Calcutta medical institutions reports 1871-78
Year: 1871
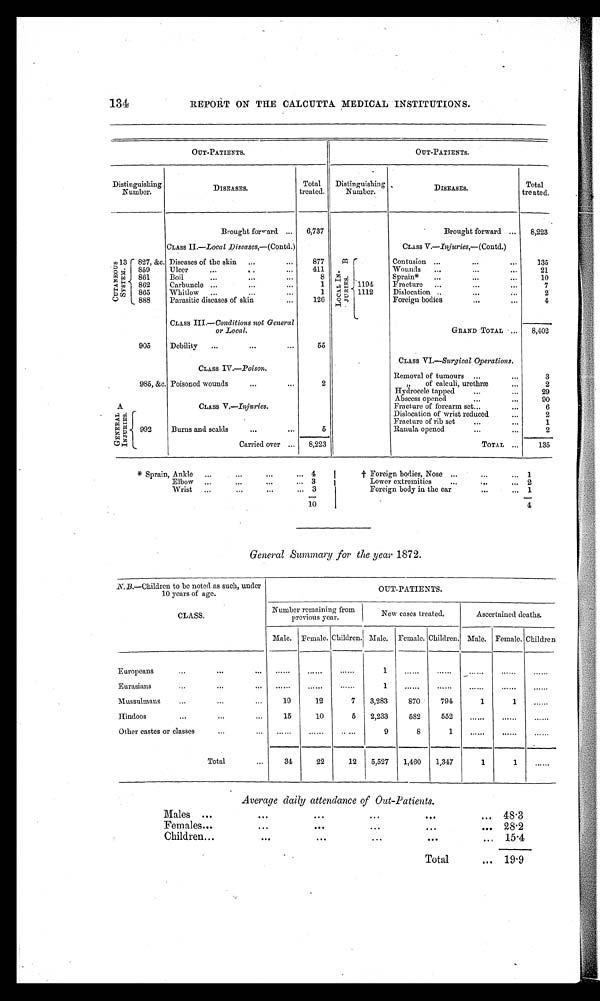
134
REPORT ON THE CALCUTTA MEDICAL INSTITUTIONS.
OUT-PATIENTS.
OUT-PATIENTS.
Distinguishing
Number.
DISEASES .
Total
treated.
Distinguishing
Number.
DISEASES.
Total
treated.
Brought forward
6,737
Brought forward
8,223
CLASS II—Local Diseases, —(Contd.)
CLASS V.—Injuries,—(Contd.)
13 CUTANEOUS SYSTEM.
827, &c. Diseases of the skin
877
B L O C A L I N -
J U R I E S .
Contusion
135
859
Ulcer
411
Wounds
21
861
Boil
8
Sprain*
10
862
Carbuncle
1
1194
Fracture
7
865
Whitlow
1
1112
Dislocation
2
888
Parasitic diseases of skin
126
Foreign bodies
4
Crass III.— Conditions not General
or Local.
GRAND TOTAL
8,402
905
Debility
55
CLASS IV.—Poison.
CLASS VI.—Surgical Operations.
Removal of tumours
3
985, &c. Poisoned wounds
2
, , o f c a l c u l i , u r e t h r æ
2
CLASS V.—Injuries.
Hydrocele tapped
29
Abscess opened
9 0
Fracture of forearm set
6
A GENERAL INJURIES.
992
Burns and scalds
5
Dislocation of wrist reduced
2
Fracture of rib set
1
Ranula opened
2
Carried over
8,223
TOTAL
135
* S p r a i n , A n k l e
4
† Foreign bodies, Nose
1
Elbow
3
Lower extremities
2
Wrist
3
Foreign body in the ear
1
10
4
General Summary for the year 1872.
N.B.—Children to be noted as such, under
10 years of age.
OUT-PATIENTS.
CLASS.
Number remaining from
previous year.
New cases treated.
Ascertained deaths.
Male. Female. Children Male. Female. Children. Male. Female. Children
Europeans
......
......
......
1
......
......
......
. . . . . .
. . . . . .
Eurasians
......
......
......
1
......
. . . . . .
......
. . . . . .
. . . . . .
Mussulmans
19
12
7
3,283
870
794
1
1
. . . . . .
Hindoos
Other castes or classes
15
......
10
. . . . . .
5
.....
2,233
9
582
8
552
1
. . . . . .
. . . . . .
. . . . . .
. . . . . .
. . . . . .
. . . . . .
Total
34
22
12
5,527
1,460
1,317
1
1
......
Average daily attendance of Out-Patients.
Males
48.3
Females
28.2
Children
15.4
Total
19.9